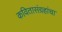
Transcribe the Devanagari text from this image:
कवितासंग्रहांचा